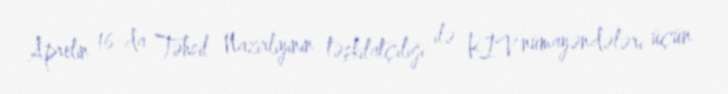
Aprelin 16-da Təhsil Nazirliyinin təşkilatçılığı ilə KİV nümayəndələri üçün